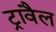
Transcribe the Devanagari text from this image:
ट्रावैल